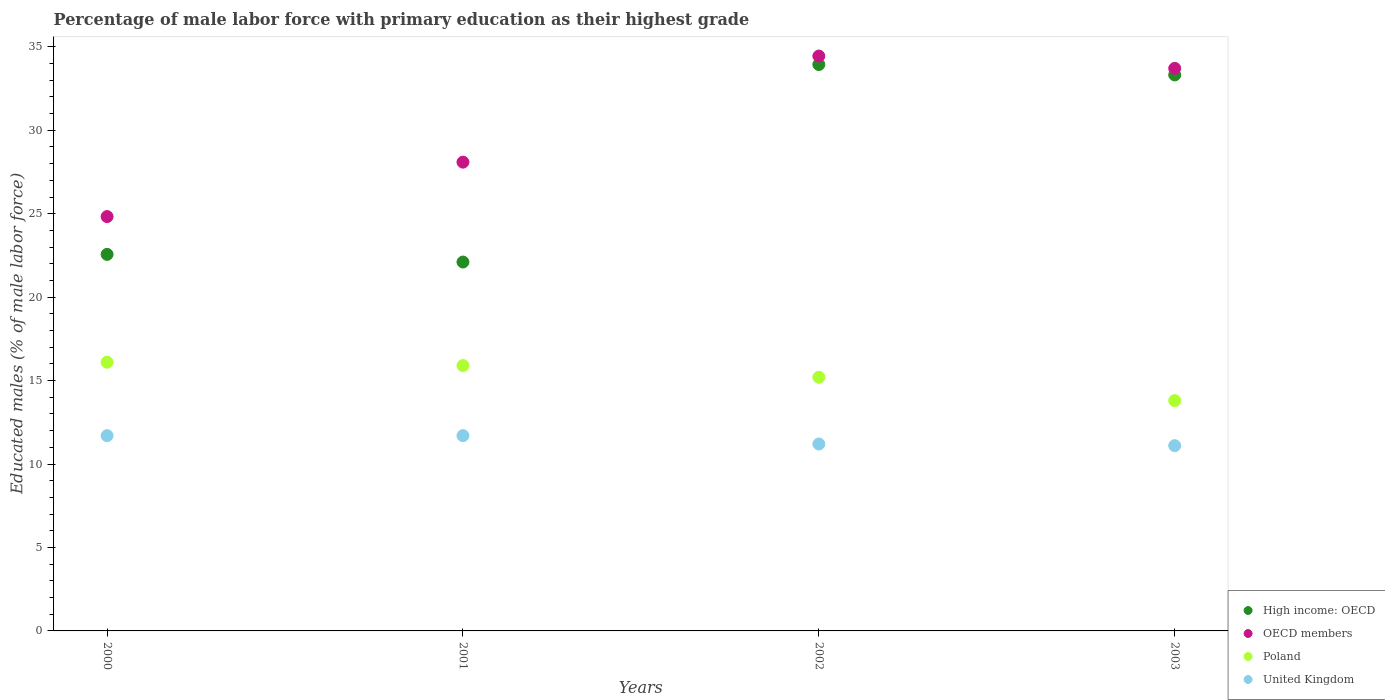
| Years | High income: OECD | OECD members | Poland | United Kingdom |
 | --- | --- | --- | --- | --- |
 | 2000 | 22.6 | 24.8 | 16.1 | 11.7 |
 | 2001 | 22.1 | 28.1 | 15.9 | 11.7 |
 | 2002 | 33.9 | 34.4 | 15.2 | 11.2 |
 | 2003 | 33.3 | 33.7 | 13.8 | 11.1 |